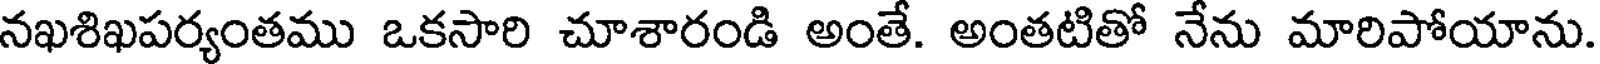
నఖశిఖపర్యంతము ఒకసారి చూశారండి అంతే. అంతటితో నేను మారిపోయాను